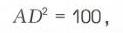
\(AD^{2}=100\)，